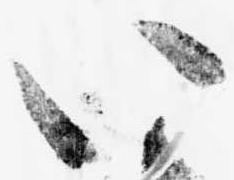
い